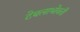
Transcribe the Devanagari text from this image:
टेबलाभोवती